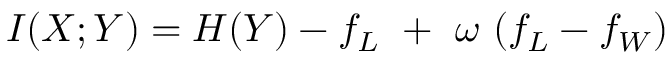
\begin{array} { r } { I ( X ; Y ) = H ( Y ) - f _ { L } ~ + ~ \omega ~ ( f _ { L } - f _ { W } ) } \end{array}